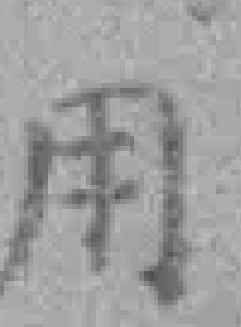
用